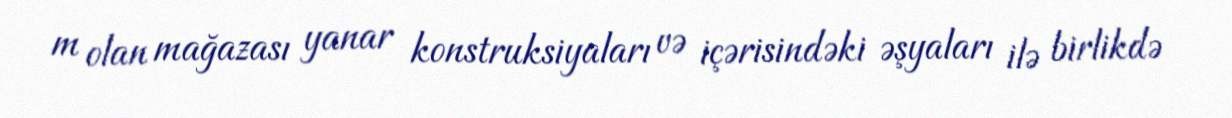
m olan mağazası yanar konstruksiyaları və içərisindəki əşyaları ilə birlikdə